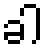
ခါ